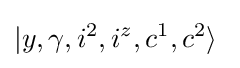
|y,\gamma ,{i^{2}},{i^{z}},c^{1},c^{2}\rangle ~